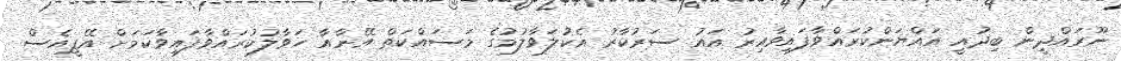
ނޫރައްދީން ބިދުއީ އައްޔަންކުރައްވާފައިވާއިރު އައު ސަރުކާރު އެކުލަވާލުމުގެ މަސައްކަތް އޭނާއާ ހަވާލުކުރައްވާފައިވާކަމަށް އޭޕީއެސް